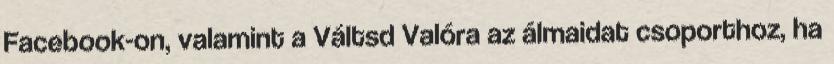
Facebook-on, valamint a Váltsd Valóra az álmaidat csoporthoz, ha